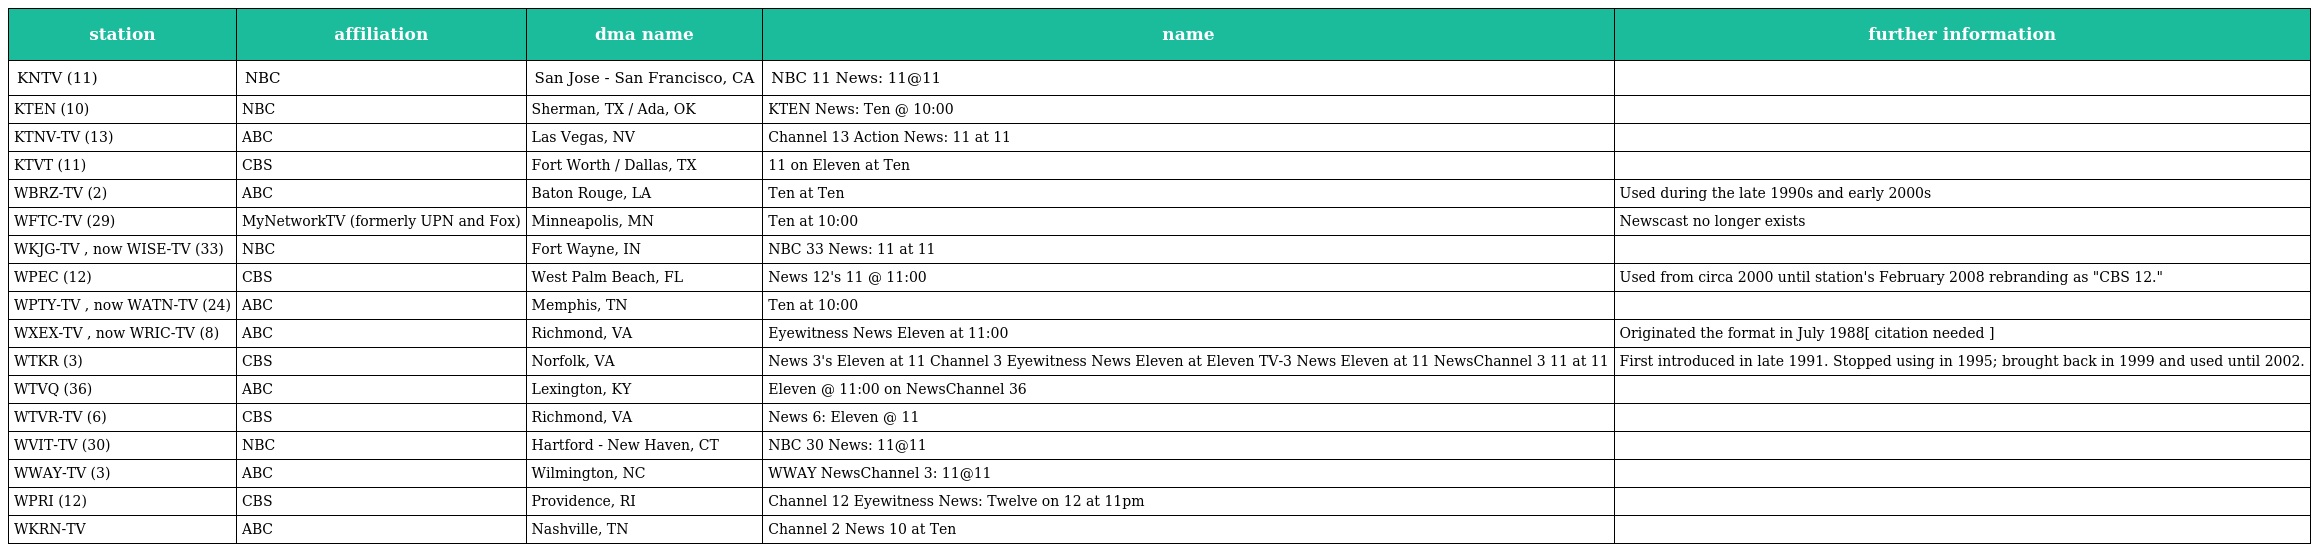
| station | affiliation | dma name | name | further information |
 | --- | --- | --- | --- | --- |
 | KNTV (11) | NBC | San Jose - San Francisco, CA | NBC 11 News: 11@11 |  |
 | KTEN (10) | NBC | Sherman, TX / Ada, OK | KTEN News: Ten @ 10:00 |  |
 | KTNV-TV (13) | ABC | Las Vegas, NV | Channel 13 Action News: 11 at 11 |  |
 | KTVT (11) | CBS | Fort Worth / Dallas, TX | 11 on Eleven at Ten |  |
 | WBRZ-TV (2) | ABC | Baton Rouge, LA | Ten at Ten | Used during the late 1990s and early 2000s |
 | WFTC-TV (29) | MyNetworkTV (formerly UPN and Fox) | Minneapolis, MN | Ten at 10:00 | Newscast no longer exists |
 | WKJG-TV , now WISE-TV (33) | NBC | Fort Wayne, IN | NBC 33 News: 11 at 11 |  |
 | WPEC (12) | CBS | West Palm Beach, FL | News 12's 11 @ 11:00 | Used from circa 2000 until station's February 2008 rebranding as "CBS 12." |
 | WPTY-TV , now WATN-TV (24) | ABC | Memphis, TN | Ten at 10:00 |  |
 | WXEX-TV , now WRIC-TV (8) | ABC | Richmond, VA | Eyewitness News Eleven at 11:00 | Originated the format in July 1988[ citation needed ] |
 | WTKR (3) | CBS | Norfolk, VA | News 3's Eleven at 11 Channel 3 Eyewitness News Eleven at Eleven TV-3 News Eleven at 11 NewsChannel 3 11 at 11 | First introduced in late 1991. Stopped using in 1995; brought back in 1999 and used until 2002. |
 | WTVQ (36) | ABC | Lexington, KY | Eleven @ 11:00 on NewsChannel 36 |  |
 | WTVR-TV (6) | CBS | Richmond, VA | News 6: Eleven @ 11 |  |
 | WVIT-TV (30) | NBC | Hartford - New Haven, CT | NBC 30 News: 11@11 |  |
 | WWAY-TV (3) | ABC | Wilmington, NC | WWAY NewsChannel 3: 11@11 |  |
 | WPRI (12) | CBS | Providence, RI | Channel 12 Eyewitness News: Twelve on 12 at 11pm |  |
 | WKRN-TV | ABC | Nashville, TN | Channel 2 News 10 at Ten |  |